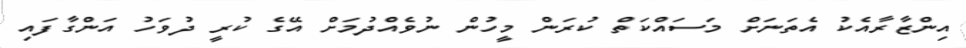
އިންޒާރާއެކު އެތަނަށް މަސައްކަތް ކުރަން މީހުން ނުވެއްދުމަށް އޭގެ ކުރީ ދުވަހު އަންގާފައި